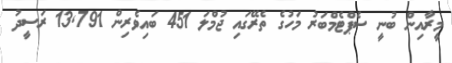
މީރާއިން ބުނީ ސެޕްޓެމްބަރު މަހުގެ ތެރޭގައި ޖުމްލަ 451 ބައިވެރިން 13